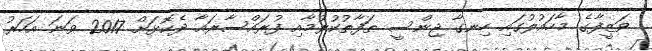
ވަޒީފާގެ މާހައުލުގައި ހިނގާ ޖިންސީ ތަފާތުކުރުމާއި ފުރައްސާރައާ ދެކޮޅަށް 2017 ވަނަ އަހަރު